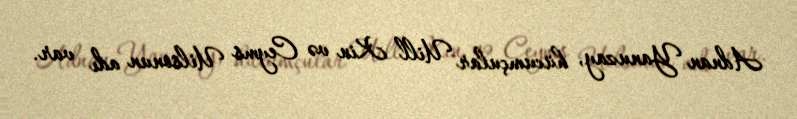
Adnan Yanuzay, hücumçular Uill Kin və Ceyms Uilsonun adı var.